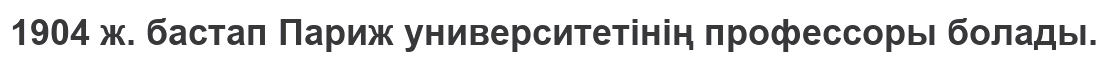
1904 ж. бастап Париж университетiнiң профессоры болады.